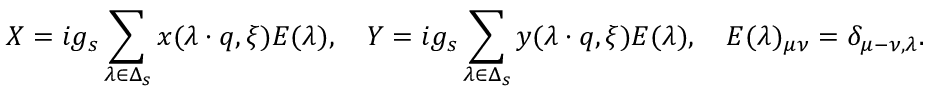
X = i g _ { s } \sum _ { \lambda \in \Delta _ { s } } x ( \lambda \cdot q , \xi ) E ( \lambda ) , \quad Y = i g _ { s } \sum _ { \lambda \in \Delta _ { s } } y ( \lambda \cdot q , \xi ) E ( \lambda ) , \quad E ( \lambda ) _ { \mu \nu } = \delta _ { \mu - \nu , \lambda } .